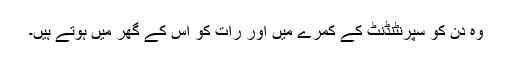
وہ دن کو سپرنٹنڈنٹ کے کمرے میں اور رات کو اس کے گھر میں ہوتے ہیں۔